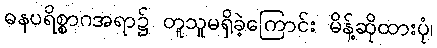
ဓနပရိစ္စာဂအရာ၌ တူသူမရှိခဲ့ကြောင်း မိန့်ဆိုထားပုံ၊